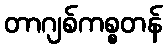
တာဂျစ်ကစ္စတန်